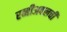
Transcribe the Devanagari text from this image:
रब्बीअवलची